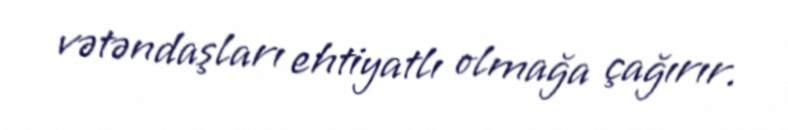
vətəndaşları ehtiyatlı olmağa çağırır.